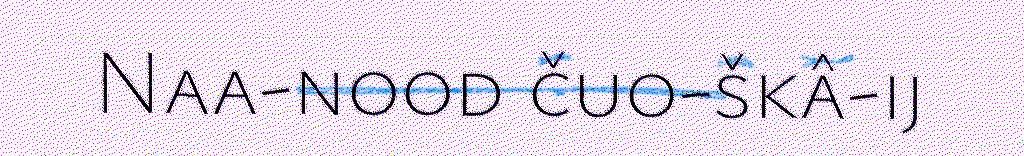
Naa-nood čuo-škâ-ij